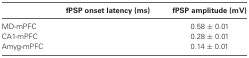
<table><thead><tr><td>[EMPTY_CELL]</td><td><b>fPSP onset latency (ms)</b></td><td><b>fPSP amplitude (mV)</b></td></tr></thead><tbody><tr><td>MD-mPFC</td><td>[EMPTY_CELL]</td><td>0.58 ± 0.01</td></tr><tr><td>CA1-mPFC</td><td>[EMPTY_CELL]</td><td>0.28 ± 0.01</td></tr><tr><td>Amyg-mPFC</td><td>[EMPTY_CELL]</td><td>0.14 ± 0.01</td></tr></tbody></table>